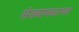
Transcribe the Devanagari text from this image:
संख्याबळाच्या